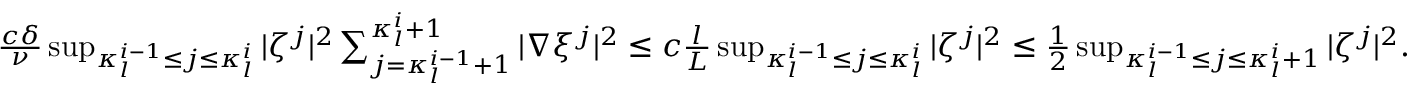
\begin{array} { r } { \frac { c \delta } { \nu } \operatorname* { s u p } _ { \kappa _ { l } ^ { i - 1 } \leq j \leq \kappa _ { l } ^ { i } } | \zeta ^ { j } | ^ { 2 } \sum _ { j = \kappa _ { l } ^ { i - 1 } + 1 } ^ { \kappa _ { l } ^ { i } + 1 } | \nabla \xi ^ { j } | ^ { 2 } \leq c \frac { l } { L } \operatorname* { s u p } _ { \kappa _ { l } ^ { i - 1 } \leq j \leq \kappa _ { l } ^ { i } } | \zeta ^ { j } | ^ { 2 } \leq \frac { 1 } { 2 } \operatorname* { s u p } _ { \kappa _ { l } ^ { i - 1 } \leq j \leq \kappa _ { l } ^ { i } + 1 } | \zeta ^ { j } | ^ { 2 } . } \end{array}